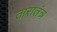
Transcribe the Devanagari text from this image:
तारातंत्र